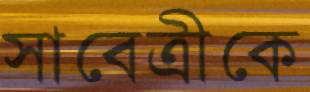
সাবেত্রীকে